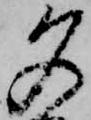
夕